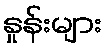
နှုန်းများ